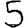
Digit: 5